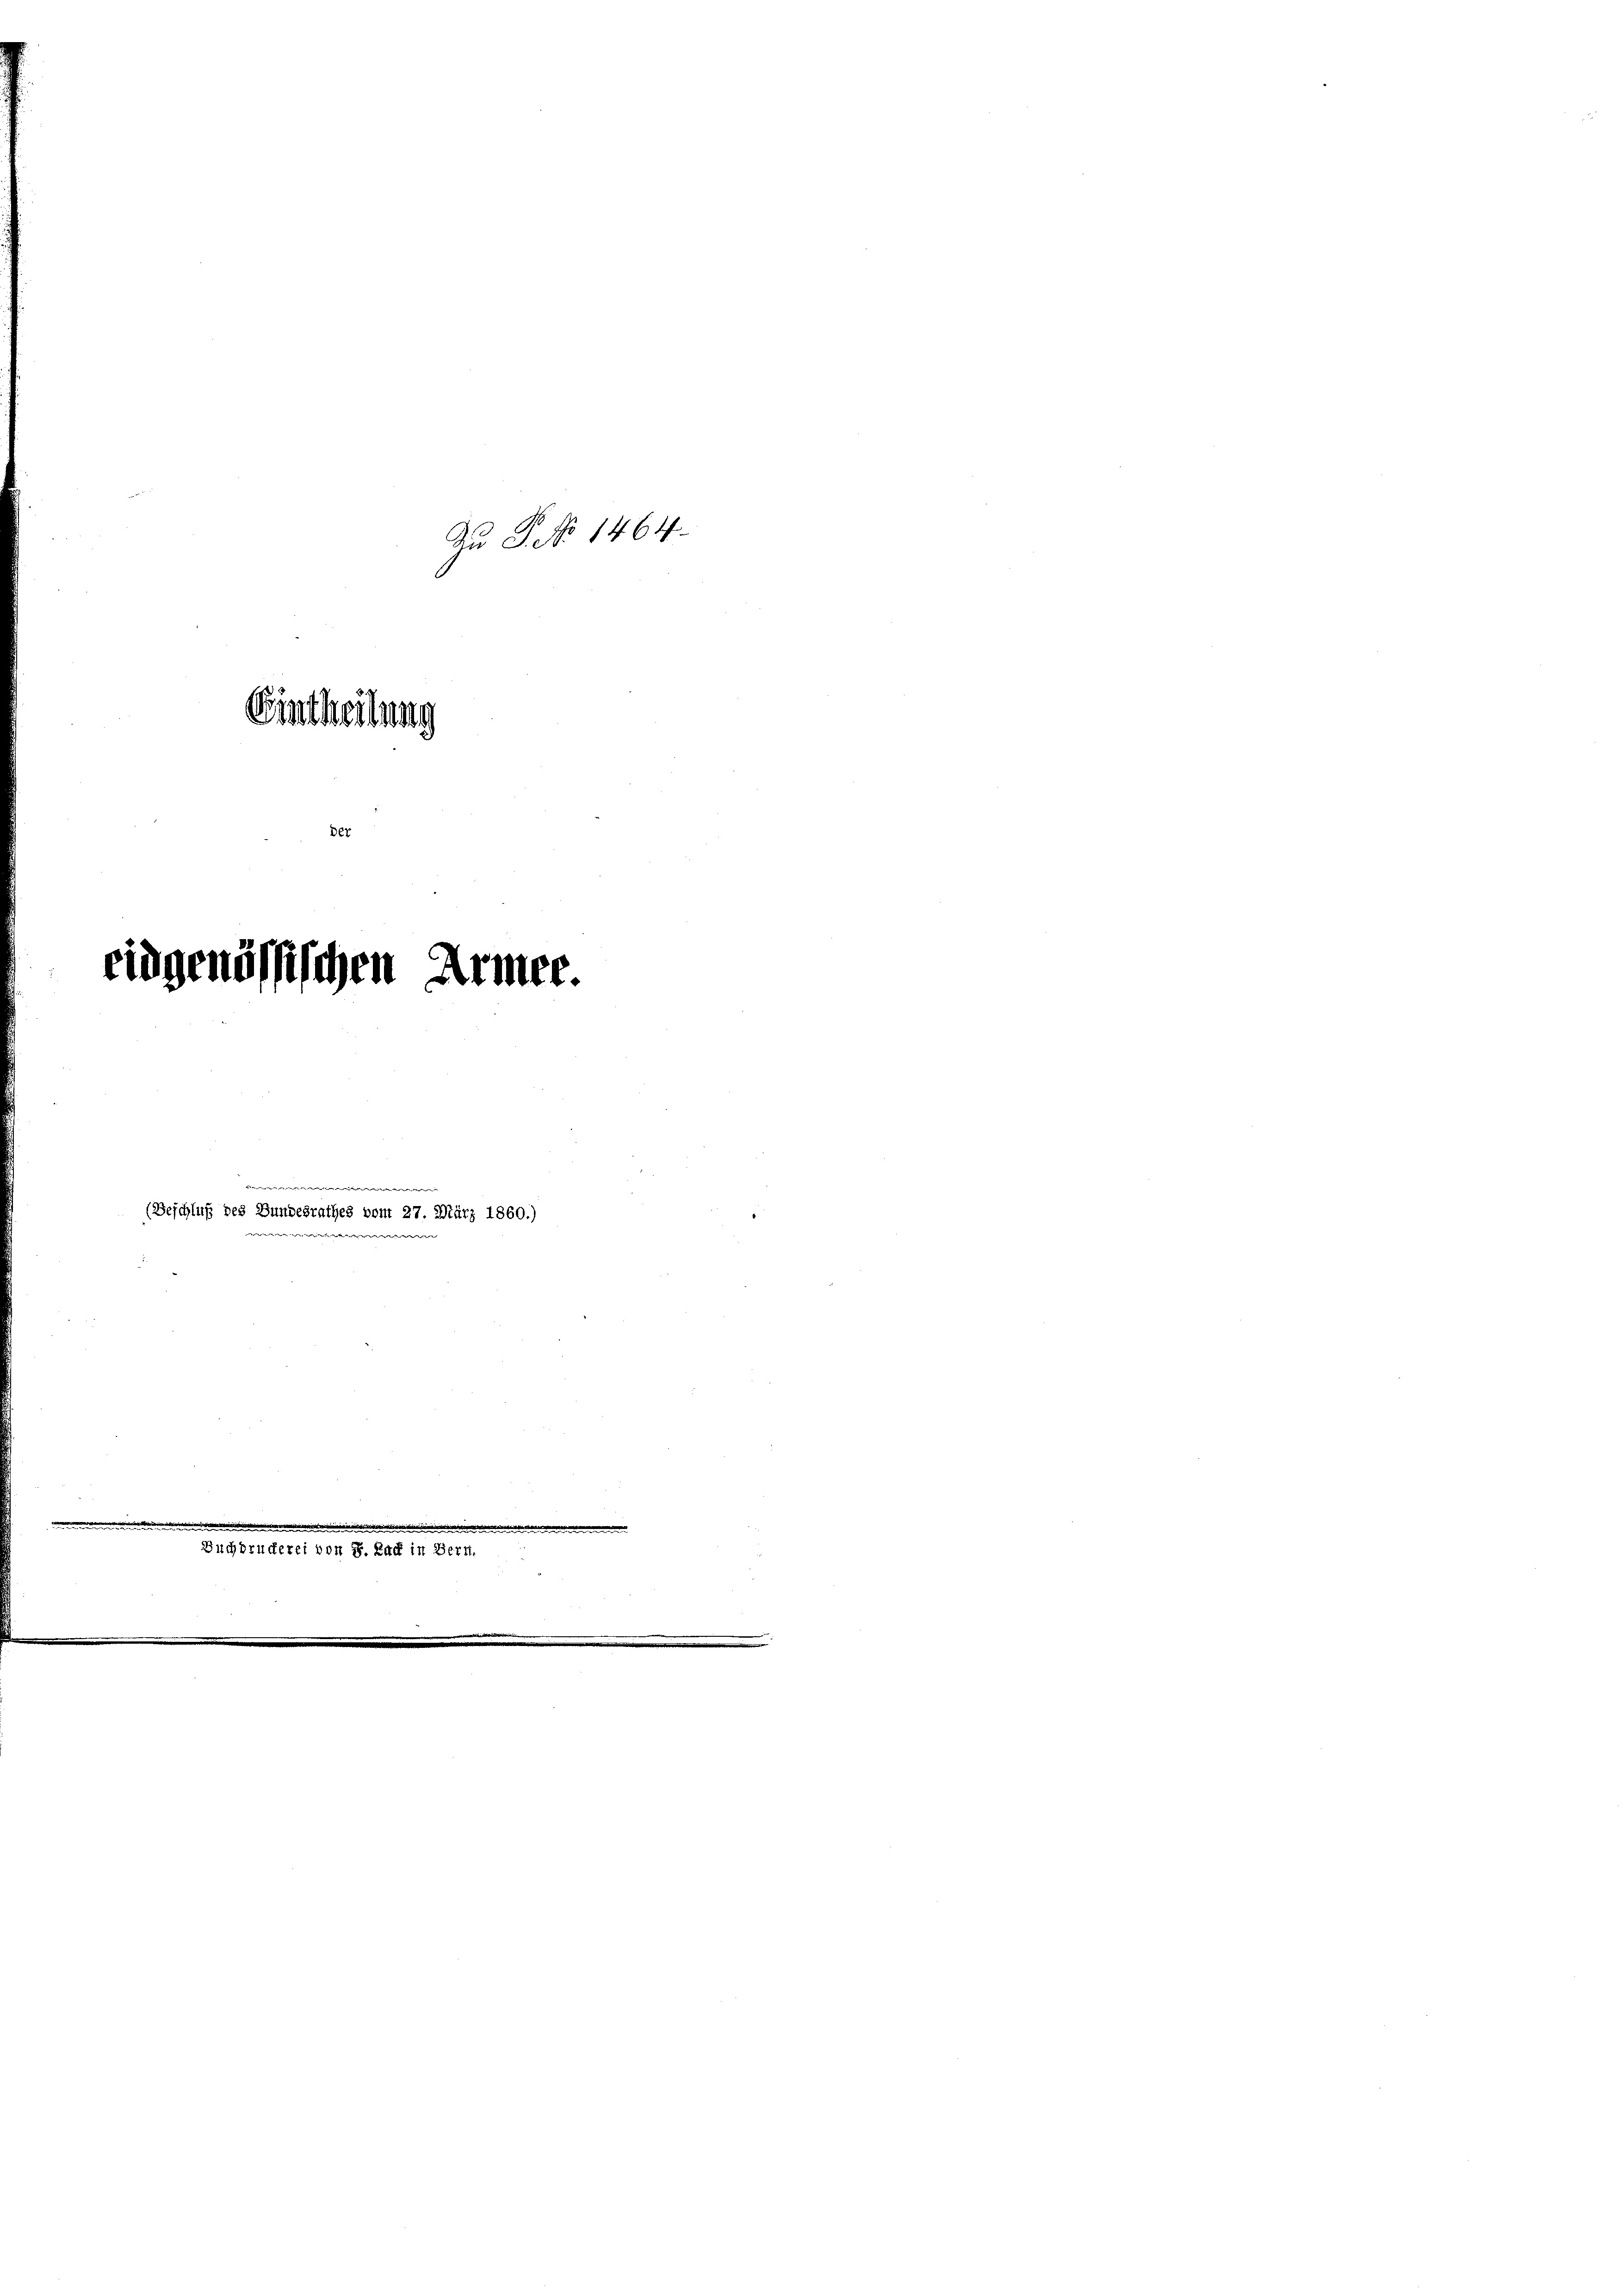
Bintheilung

eidgenössischen

der

Arier.

(Beschluß des Bundesrathes vom 27. März 1860.)
ewir

Zu P. No 1464.